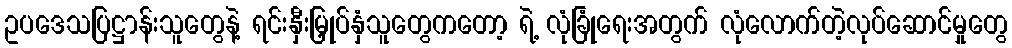
ဥပဒေသပြဋ္ဌာန်းသူတွေနဲ့ ရင်းနှီးမြှုပ်နှံသူတွေကတော့ ရဲ့ လုံခြုံရေးအတွက် လုံလောက်တဲ့လုပ်ဆောင်မှုတွေ